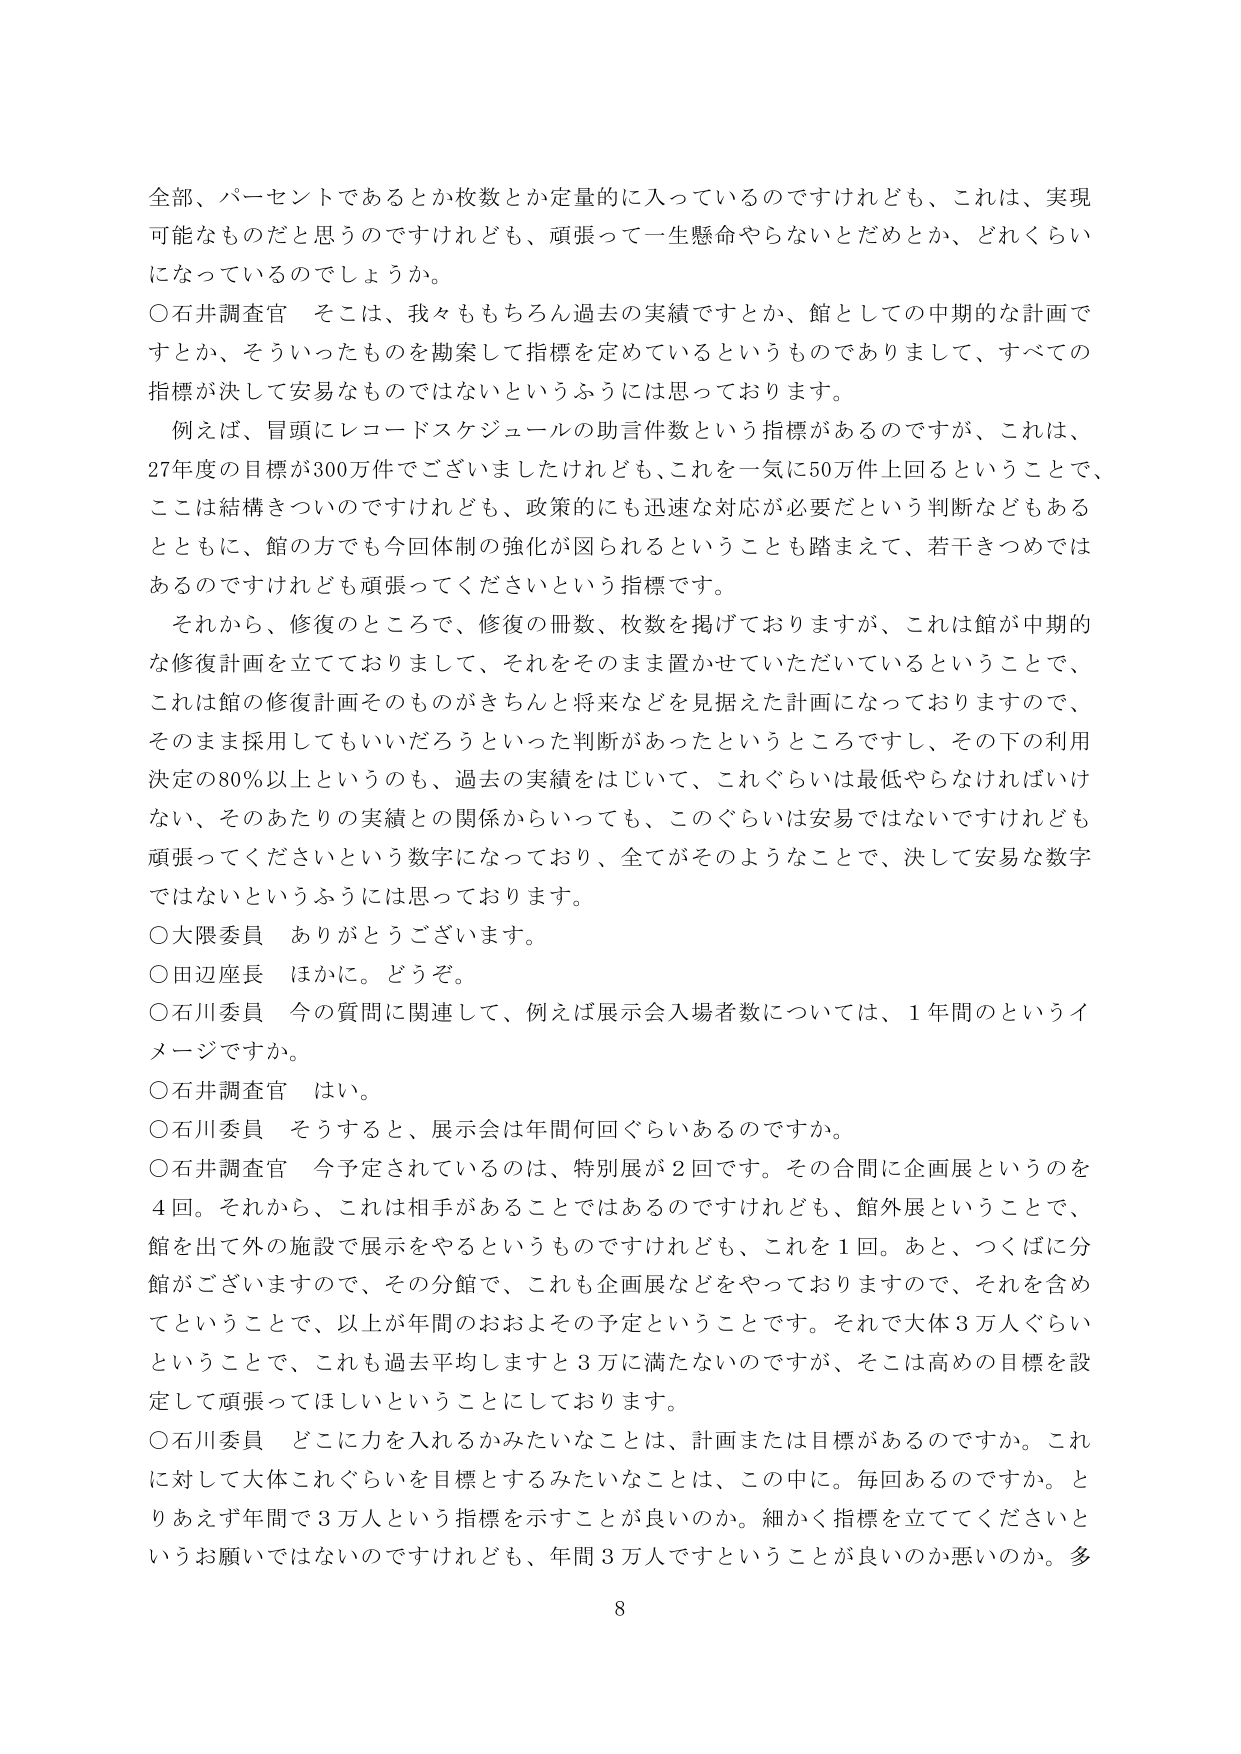
全部、パーセントであるとか枚数とか定量的に入っているのですけれども、これは、実現可能なものだと思うのですけれども、頑張って一生懸命やらないとだめとか、どれくらいになっているのでしょうか。

○石井調査官　そこは、我々ももちろん過去の実績ですとか、館としての中期的な計画ですとか、そういったものを勘案して指標を定めているというものですありまして、すべての指標が決して安易なものではないというふうには思っております。

　例えば、冒頭にレコードスケジュールの助言件数という指標があるのですが、これは、27年度の目標が300万件でございましたけれども、これを一気に50万件上回るということで、ここは結構きついのですけれども、政策的にも迅速な対応が必要だという判断などもあるとともに、館の方でも今回体制の強化が図られるということも踏まえて、若干きつめではあるのですけれども頑張ってくださいという指標です。

　それから、修復のところで、修復の冊数、枚数を掲げておりますが、これは館が中期的な修復計画を立てておりまして、それをそのまま置かせていただいているということで、これは館の修復計画そのものがきちんと将来などを見据えた計画になっておりますので、そのまま採用してもいいだろうといった判断があったというところですし、その下の利用決定の80％以上というのも、過去の実績をじいて、これぐらいは最低やらなければいけない、そのあたりの実績との関係からいっても、このぐらいは安易ではないですけれども頑張ってくださいという数字になっており、全てがそのようなことで、決して安易な数字ではないというふうには思っております。

○大隈委員　ありがとうございます。

○田辺座長　ほかに。どうぞ。

○石川委員　今の質問に関連して、例えば展示会入場者数については、1年間のというイメージですか。

○石井調査官　はい。

○石川委員　そうすると、展示会は年間何回ぐらいあるのですか。

○石井調査官　今予定されているのは、特別展が2回です。その合間に企画展というのを4回。それから、これは相手があることではあるのですけれども、館外展ということで、館を出て外の施設で展示をやるというものですけれども、これを1回。あと、つくばに分館がございますので、その分館で、これも企画展などをやっておりますので、それを含めてということで、以上が年間のおおよその予定ということです。それで大体3万人ぐらいということで、これも過去平均しますと3万に満たないのですが、そこは高めの目標を設定して頑張ってほしいということにしております。

○石川委員　どこに力を入れるかみたいなことは、計画または目標があるのですか。これに対して大体これぐらいを目標とするみたいなことは、この中に。毎回あるのですか。とりあえず年間で3万人という指標を示すことが良いのか。細かく指標を立ててくださいというお願いではないのですけれども、年間3万人ですということが良いのか悪いのか。多

8